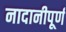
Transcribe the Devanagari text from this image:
नादानीपूर्ण